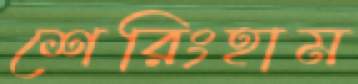
শেরিংহাম